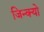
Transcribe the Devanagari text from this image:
जिन्क्यो